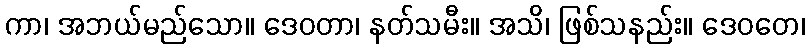
ကာ၊ အဘယ်မည်သော။ ဒေဝတာ၊ နတ်သမီး။ အသိ၊ ဖြစ်သနည်း။ ဒေဝတေ၊